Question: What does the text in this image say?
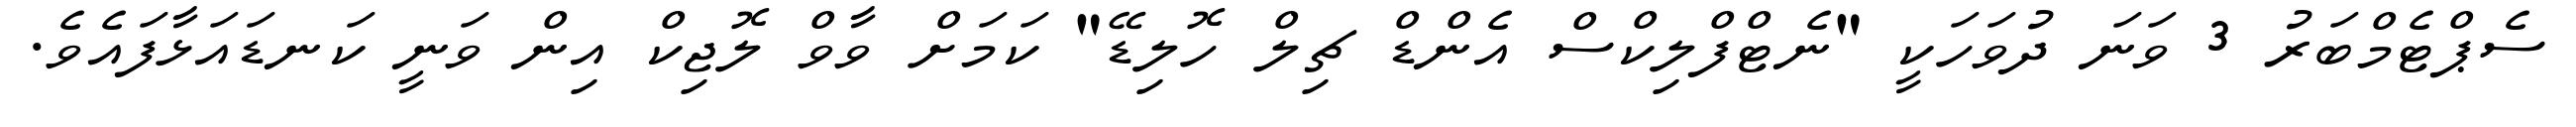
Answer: ސެޕްޓެމްބަރު 3 ވަނަ ދުވަހަކީ "ނެޓްފްލިކްސް އެންޑް ޗިލް ހޮލިޑޭ" ކަމަށް ވާވް ލޮޖިކް އިން ވަނީ ކަނޑައަޅާފައެވެ.